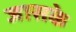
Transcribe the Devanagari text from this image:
जासके